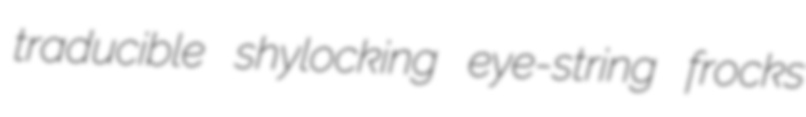
traducible shylocking eye-string frocks